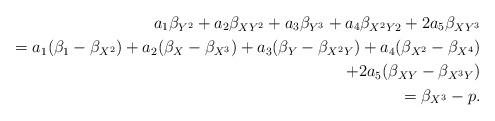
LaTeX: \begin{align*}a_1\beta_{Y^2}+a_2\beta_{XY^2}+a_3\beta_{Y^3}+a_4\beta_{X^2Y2}+2a_5\beta_{XY^3}\\= a_1(\beta_1-\beta_{X^2})+a_2(\beta_X-\beta_{X^3})+a_3(\beta_Y-\beta_{X^2Y})+a_4(\beta_{X^2}-\beta_{X^4})\\+2a_5(\beta_{XY}-\beta_{X^3Y})\\= \beta_{X^3}-p.\end{align*}